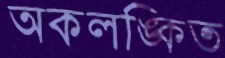
অকলঙ্কিত